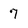
Character: 7